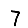
Digit: 7